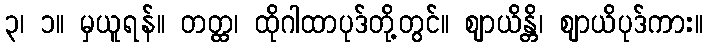
၃၊ ၁။ မှယူရန်။ တတ္ထ၊ ထိုဂါထာပုဒ်တို့တွင်။ ဈာယိန္တိ၊ ဈာယိပုဒ်ကား။